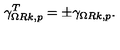
\gamma _ { \Omega R k , p } ^ { T } = \pm \gamma _ { \Omega R k , p } .